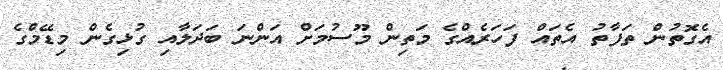
އެގޮތުން ތަފާތު އެތައް ފަހަރެއްގެ މަތިން މޫސުމަށް އަންނަ ބަދަލާއި ގުޅިގެން މިޑޭމްގެ